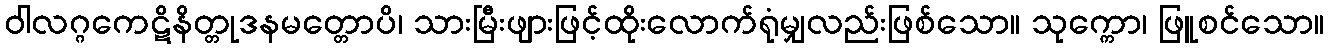
ဝါလဂ္ဂကေဋိနိတ္တုဒနမတ္တောပိ၊ သားမြီးဖျားဖြင့်ထိုးလောက်ရုံမျှလည်းဖြစ်သော။ သုက္ကော၊ ဖြူစင်သော။